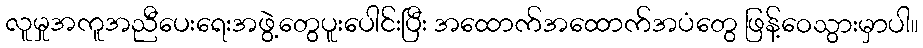
လူမှုအကူအညီပေးရေးအဖွဲ့တွေပူးပေါင်းပြီး အထောက်အထောက်အပံတွေ ဖြန့်ဝေသွားမှာပါ။